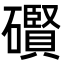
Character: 礥